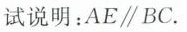
试说明：AE\parallel BC.